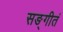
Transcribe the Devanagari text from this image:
सङ्गीतं